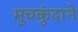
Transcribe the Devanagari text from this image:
मुचकुंदाने